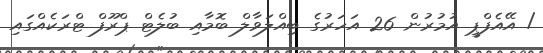
/ އޭއެފްޕީ އުމުރުން 26 އަހަރުގެ ބިއްލަވާލް ބޮމާއި ބުލެޓް ޕްރޫފް ޓްރަކެއްގައި